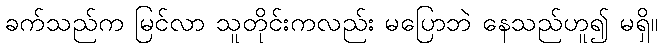
ခက်သည်က မြင်လာ သူတိုင်းကလည်း မပြောဘဲ နေသည်ဟူ၍ မရှိ။